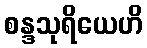
စန္ဒသုရိယေဟိ